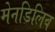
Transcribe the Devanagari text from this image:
मेनडिलिव